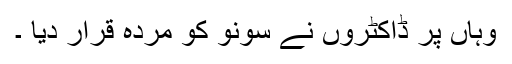
وہاں پر ڈاکٹروں نے سونو کو مردہ قرار دیا ۔